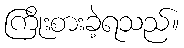
ကြိုးစားခဲ့ရသည်။